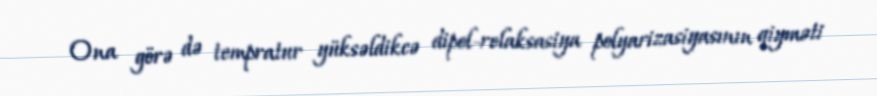
Ona görə də tempratur yüksəldikcə dipol-relaksasiya polyarizasiyasının qiyməti